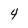
Character: 4